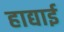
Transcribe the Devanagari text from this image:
हाद्याई